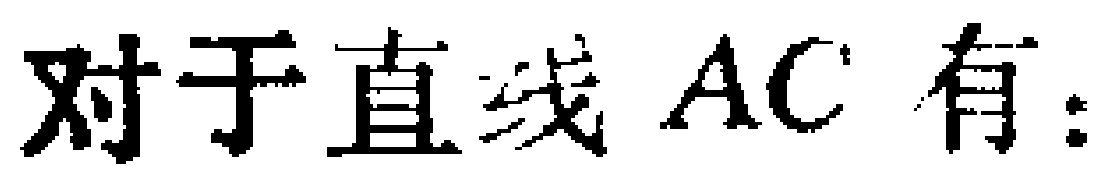
对于直线 \(AC\) 有：